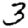
Digit: 3